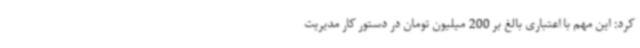
کرد: این مهم با اعتباری بالغ بر 200 میلیون تومان در دستور کار مدیریت